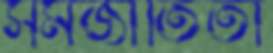
সমজাতিতা